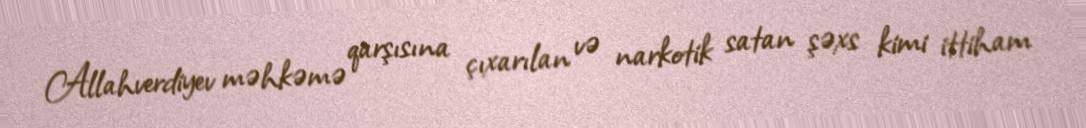
Allahverdiyev məhkəmə qarşısına çıxarılan və narkotik satan şəxs kimi ittiham